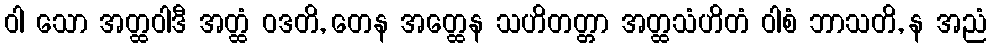
ဝါ သော အတ္ထဝါဒီ အတ္ထံ ဝဒတိ, တေန အတ္ထေန သဟိတတ္တာ အတ္ထသံဟိတံ ဝါစံ ဘာသတိ, န အညံ